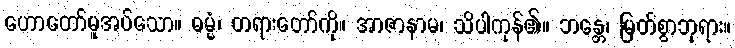
ဟောတော်မူအပ်သော။ ဓမ္မံ၊ တရားတော်ကို။ အာဇာနာမ၊ သိပါကုန်၏။ ဘန္တေ၊ မြတ်စွာဘုရား။